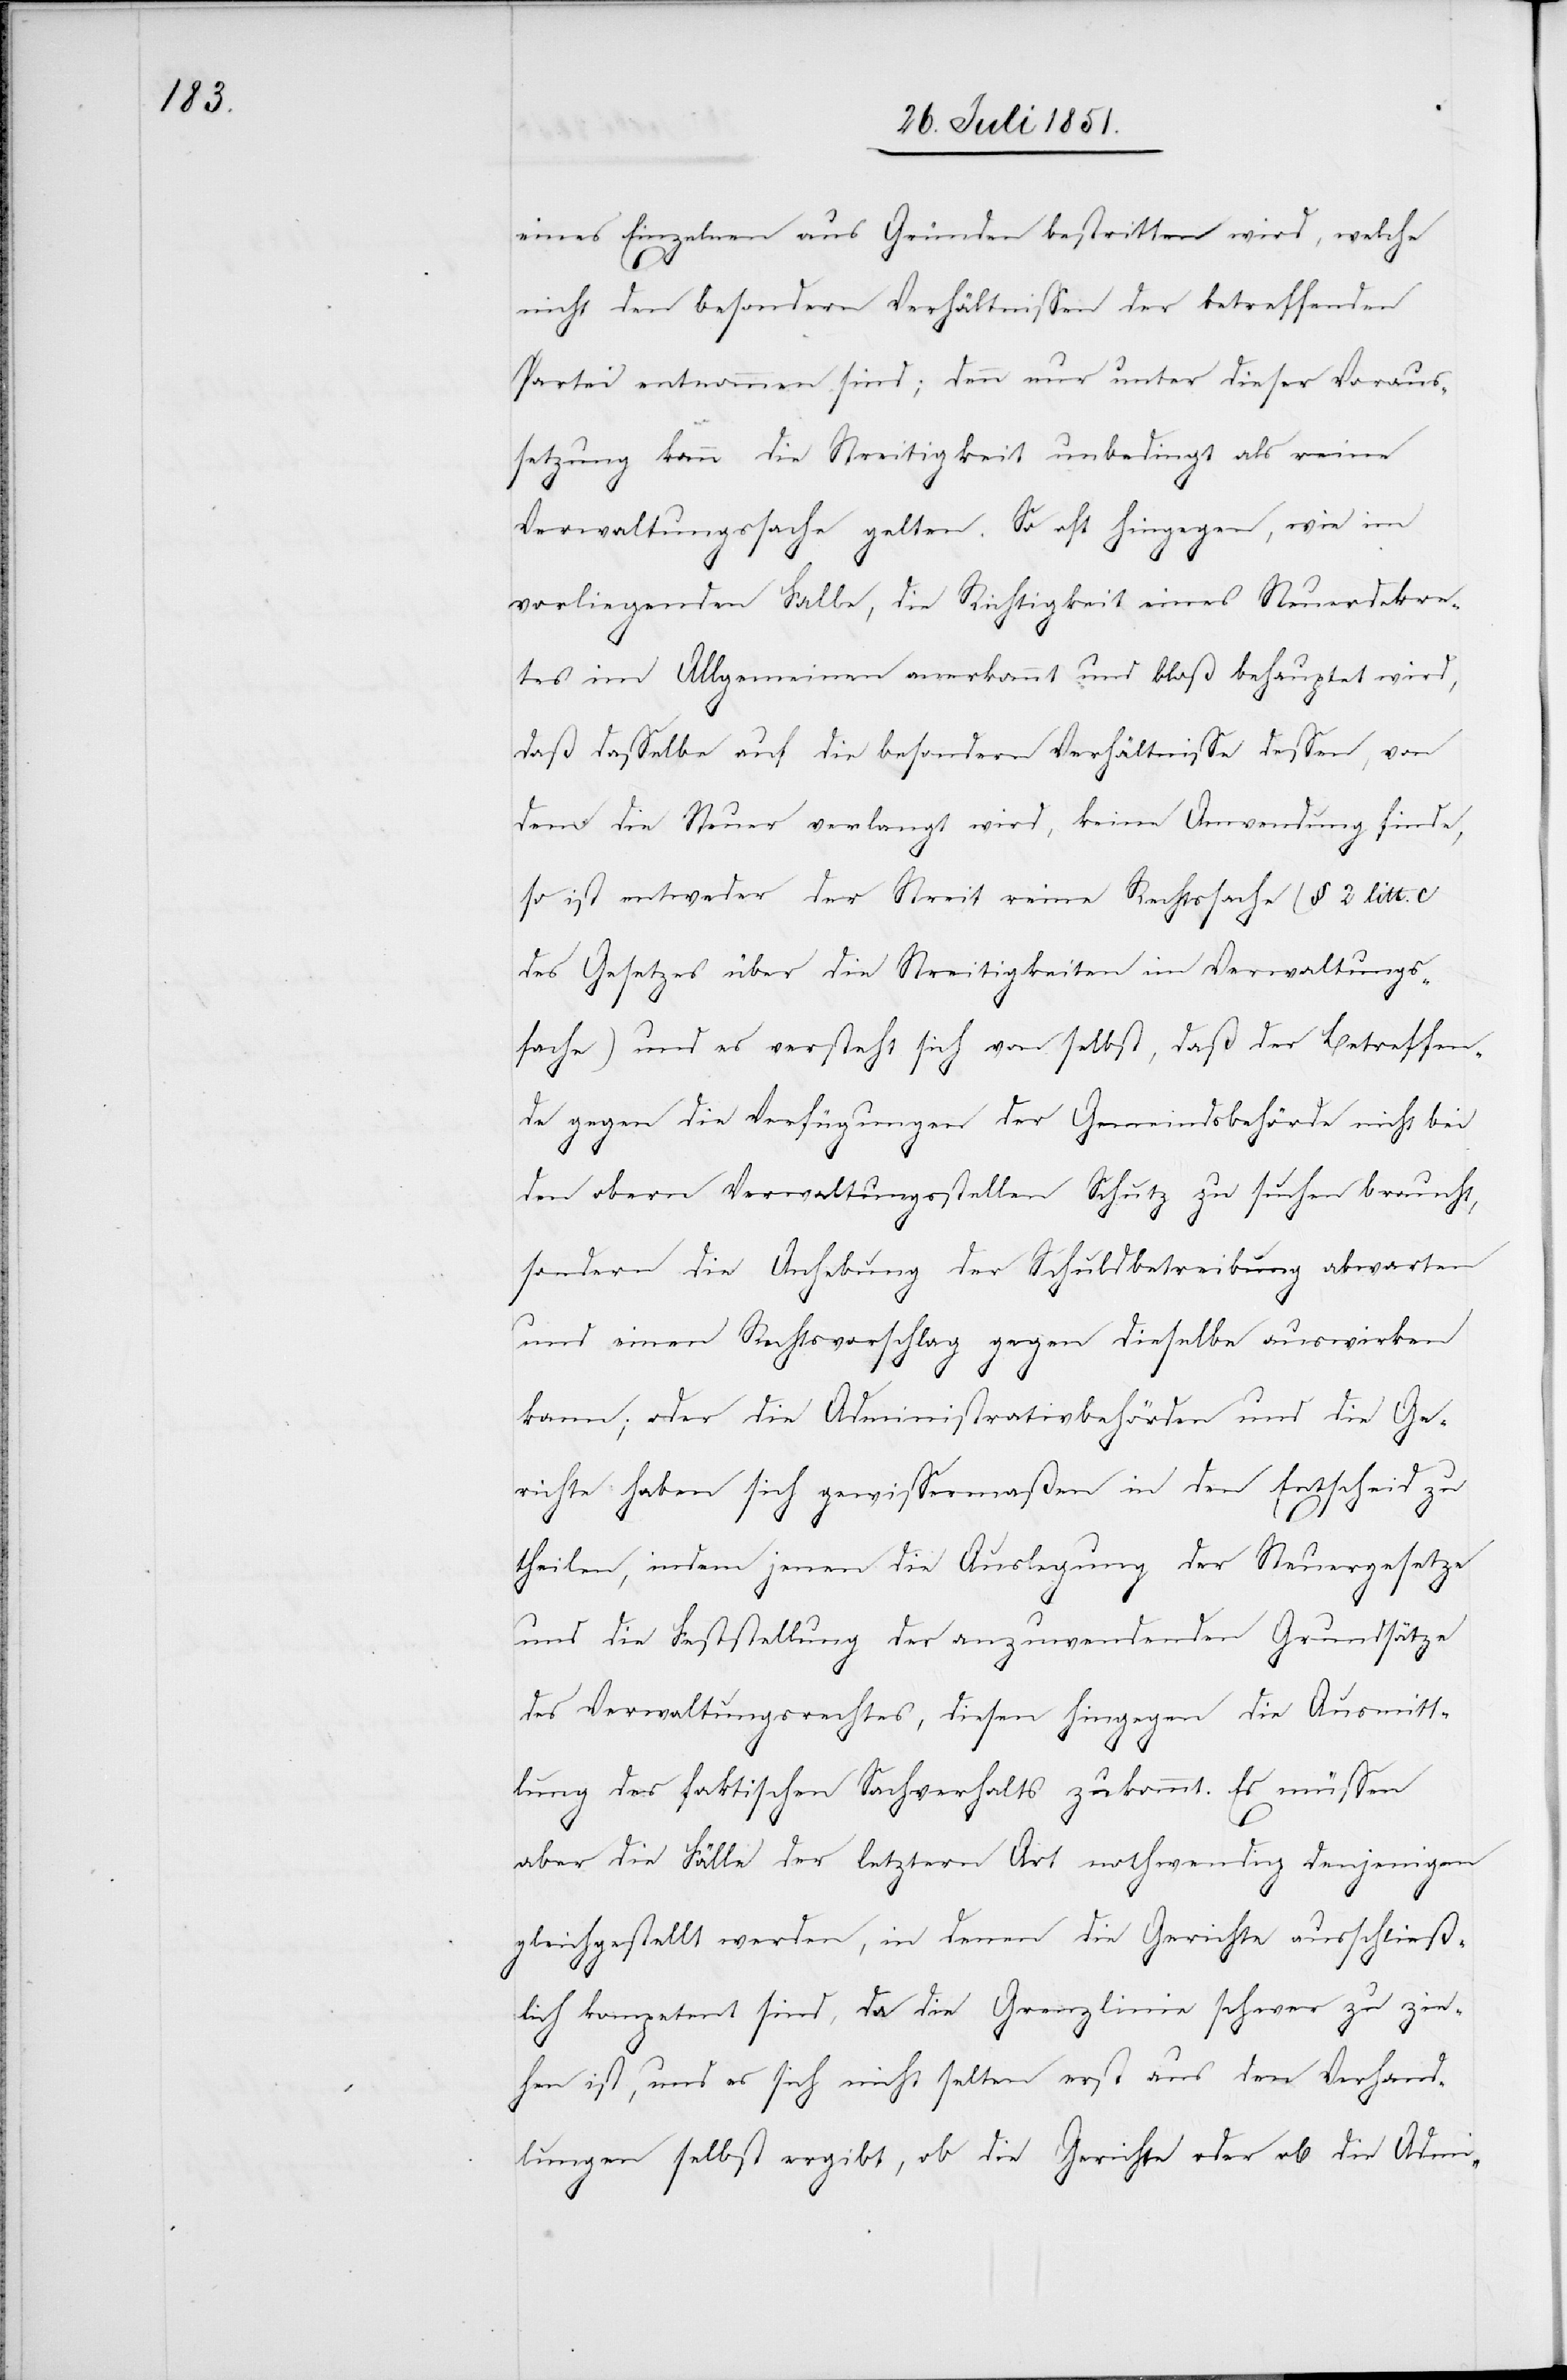
eines Einzelnen aus Gründen bestritten wird, welche
nicht den besondern Verhältnissen der betreffenden
Partei entnommen sind; denn nur unter dieser Voraus¬
setzung kann die Streitigkeit unbedingt als reine
Verwaltungssache gelten. So oft hingegen, wie im
vorliegenden Falle, die Richtigkeit eines Steuerdekre¬
tes im Allgemeinen anerkannt und bloß behauptet wird,
daß dasselbe auf die besondern Verhältnisse dessen, von
dem die Steuer verlangt wird, keine Anwendung finde,
so ist entweder der Streit reine Rechtssache (§ 2 litt. c.
des Gesetzes über die Streitigkeiten im Verwaltungs¬
fache) und es versteht sich von selbst, daß der Betreffen¬
de gegen die Verfügungen der Gemeindsbehörde nicht bei
den obern Verwaltungsstellen Schutz zu suchen braucht,
sondern die Anhebung der Schuldbetreibung abwarten
und einen Rechtsvorschlag gegen dieselbe auswirken
kann; oder die Administrativbehörden und die Ge¬
richte haben sich gewissermaßen in [sic!] den Entscheid zu
theilen, indem jenen die Auslegung der Steuergesetze
und die Feststellung der anzuwendenden Grundsätze
des Verwaltungsrechtes, diesen hingegen die Ausmitt¬
lung des faktischen Sachverhalts zukommt. Es müssen
aber die Fälle der letztern Art nothwendig denjenigen
gleichgestellt werden, in denen die Gerichte ausschließ¬
lich kompetent sind, da die Grenzlinie schwer zu zie¬
hen ist, und es sich nicht selten erst aus den Verhand¬
lungen selbst ergibt, ob die Gerichte oder ob die Admi-